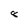
Character: 8